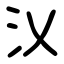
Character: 㲼